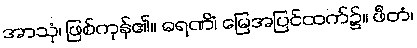
အာသုံ၊ ဖြစ်ကုန်၏။ ဓရဏိံ၊ မြေအပြင်ထက်၌။ ဖီတံ၊